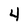
Character: 4